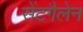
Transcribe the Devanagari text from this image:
सेंटगैलेन